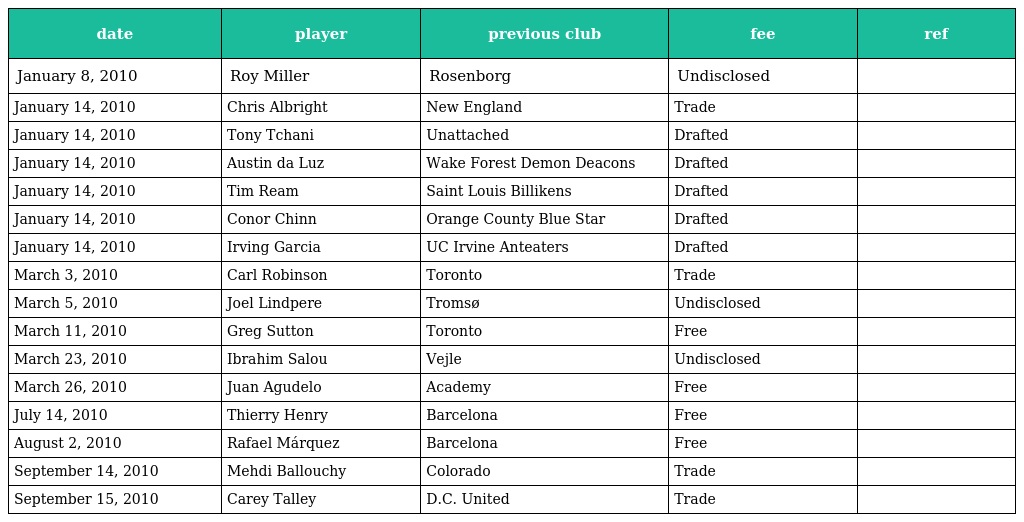
| date | player | previous club | fee | ref |
 | --- | --- | --- | --- | --- |
 | January 8, 2010 | Roy Miller | Rosenborg | Undisclosed |  |
 | January 14, 2010 | Chris Albright | New England | Trade |  |
 | January 14, 2010 | Tony Tchani | Unattached | Drafted |  |
 | January 14, 2010 | Austin da Luz | Wake Forest Demon Deacons | Drafted |  |
 | January 14, 2010 | Tim Ream | Saint Louis Billikens | Drafted |  |
 | January 14, 2010 | Conor Chinn | Orange County Blue Star | Drafted |  |
 | January 14, 2010 | Irving Garcia | UC Irvine Anteaters | Drafted |  |
 | March 3, 2010 | Carl Robinson | Toronto | Trade |  |
 | March 5, 2010 | Joel Lindpere | Tromsø | Undisclosed |  |
 | March 11, 2010 | Greg Sutton | Toronto | Free |  |
 | March 23, 2010 | Ibrahim Salou | Vejle | Undisclosed |  |
 | March 26, 2010 | Juan Agudelo | Academy | Free |  |
 | July 14, 2010 | Thierry Henry | Barcelona | Free |  |
 | August 2, 2010 | Rafael Márquez | Barcelona | Free |  |
 | September 14, 2010 | Mehdi Ballouchy | Colorado | Trade |  |
 | September 15, 2010 | Carey Talley | D.C. United | Trade |  |